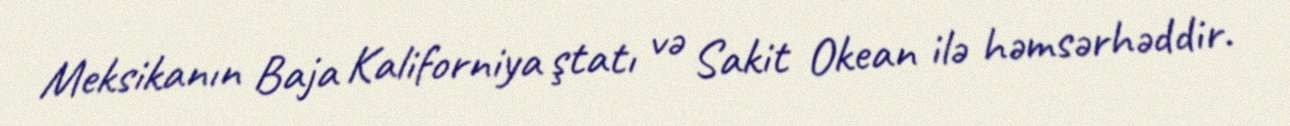
Meksikanın Baja Kaliforniya ştatı və Sakit Okean ilə həmsərhəddir.